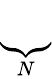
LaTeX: \underbrace{\phantom{D_{\theta}^{(1)}}}_{N}